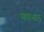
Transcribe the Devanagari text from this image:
समभाल